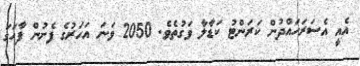
އެއީ އެސަރަހައްދުން ކަރަންޓު ކަޑާލާ ވަގުތެވެ. 2050 ވަނަ އަހަރުގެ ފެށުން ފާހަގަ